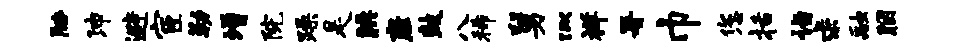
胁沛避宦勒增院躁是腆座鼓八稀舅似祥署巾您括诣求融胭